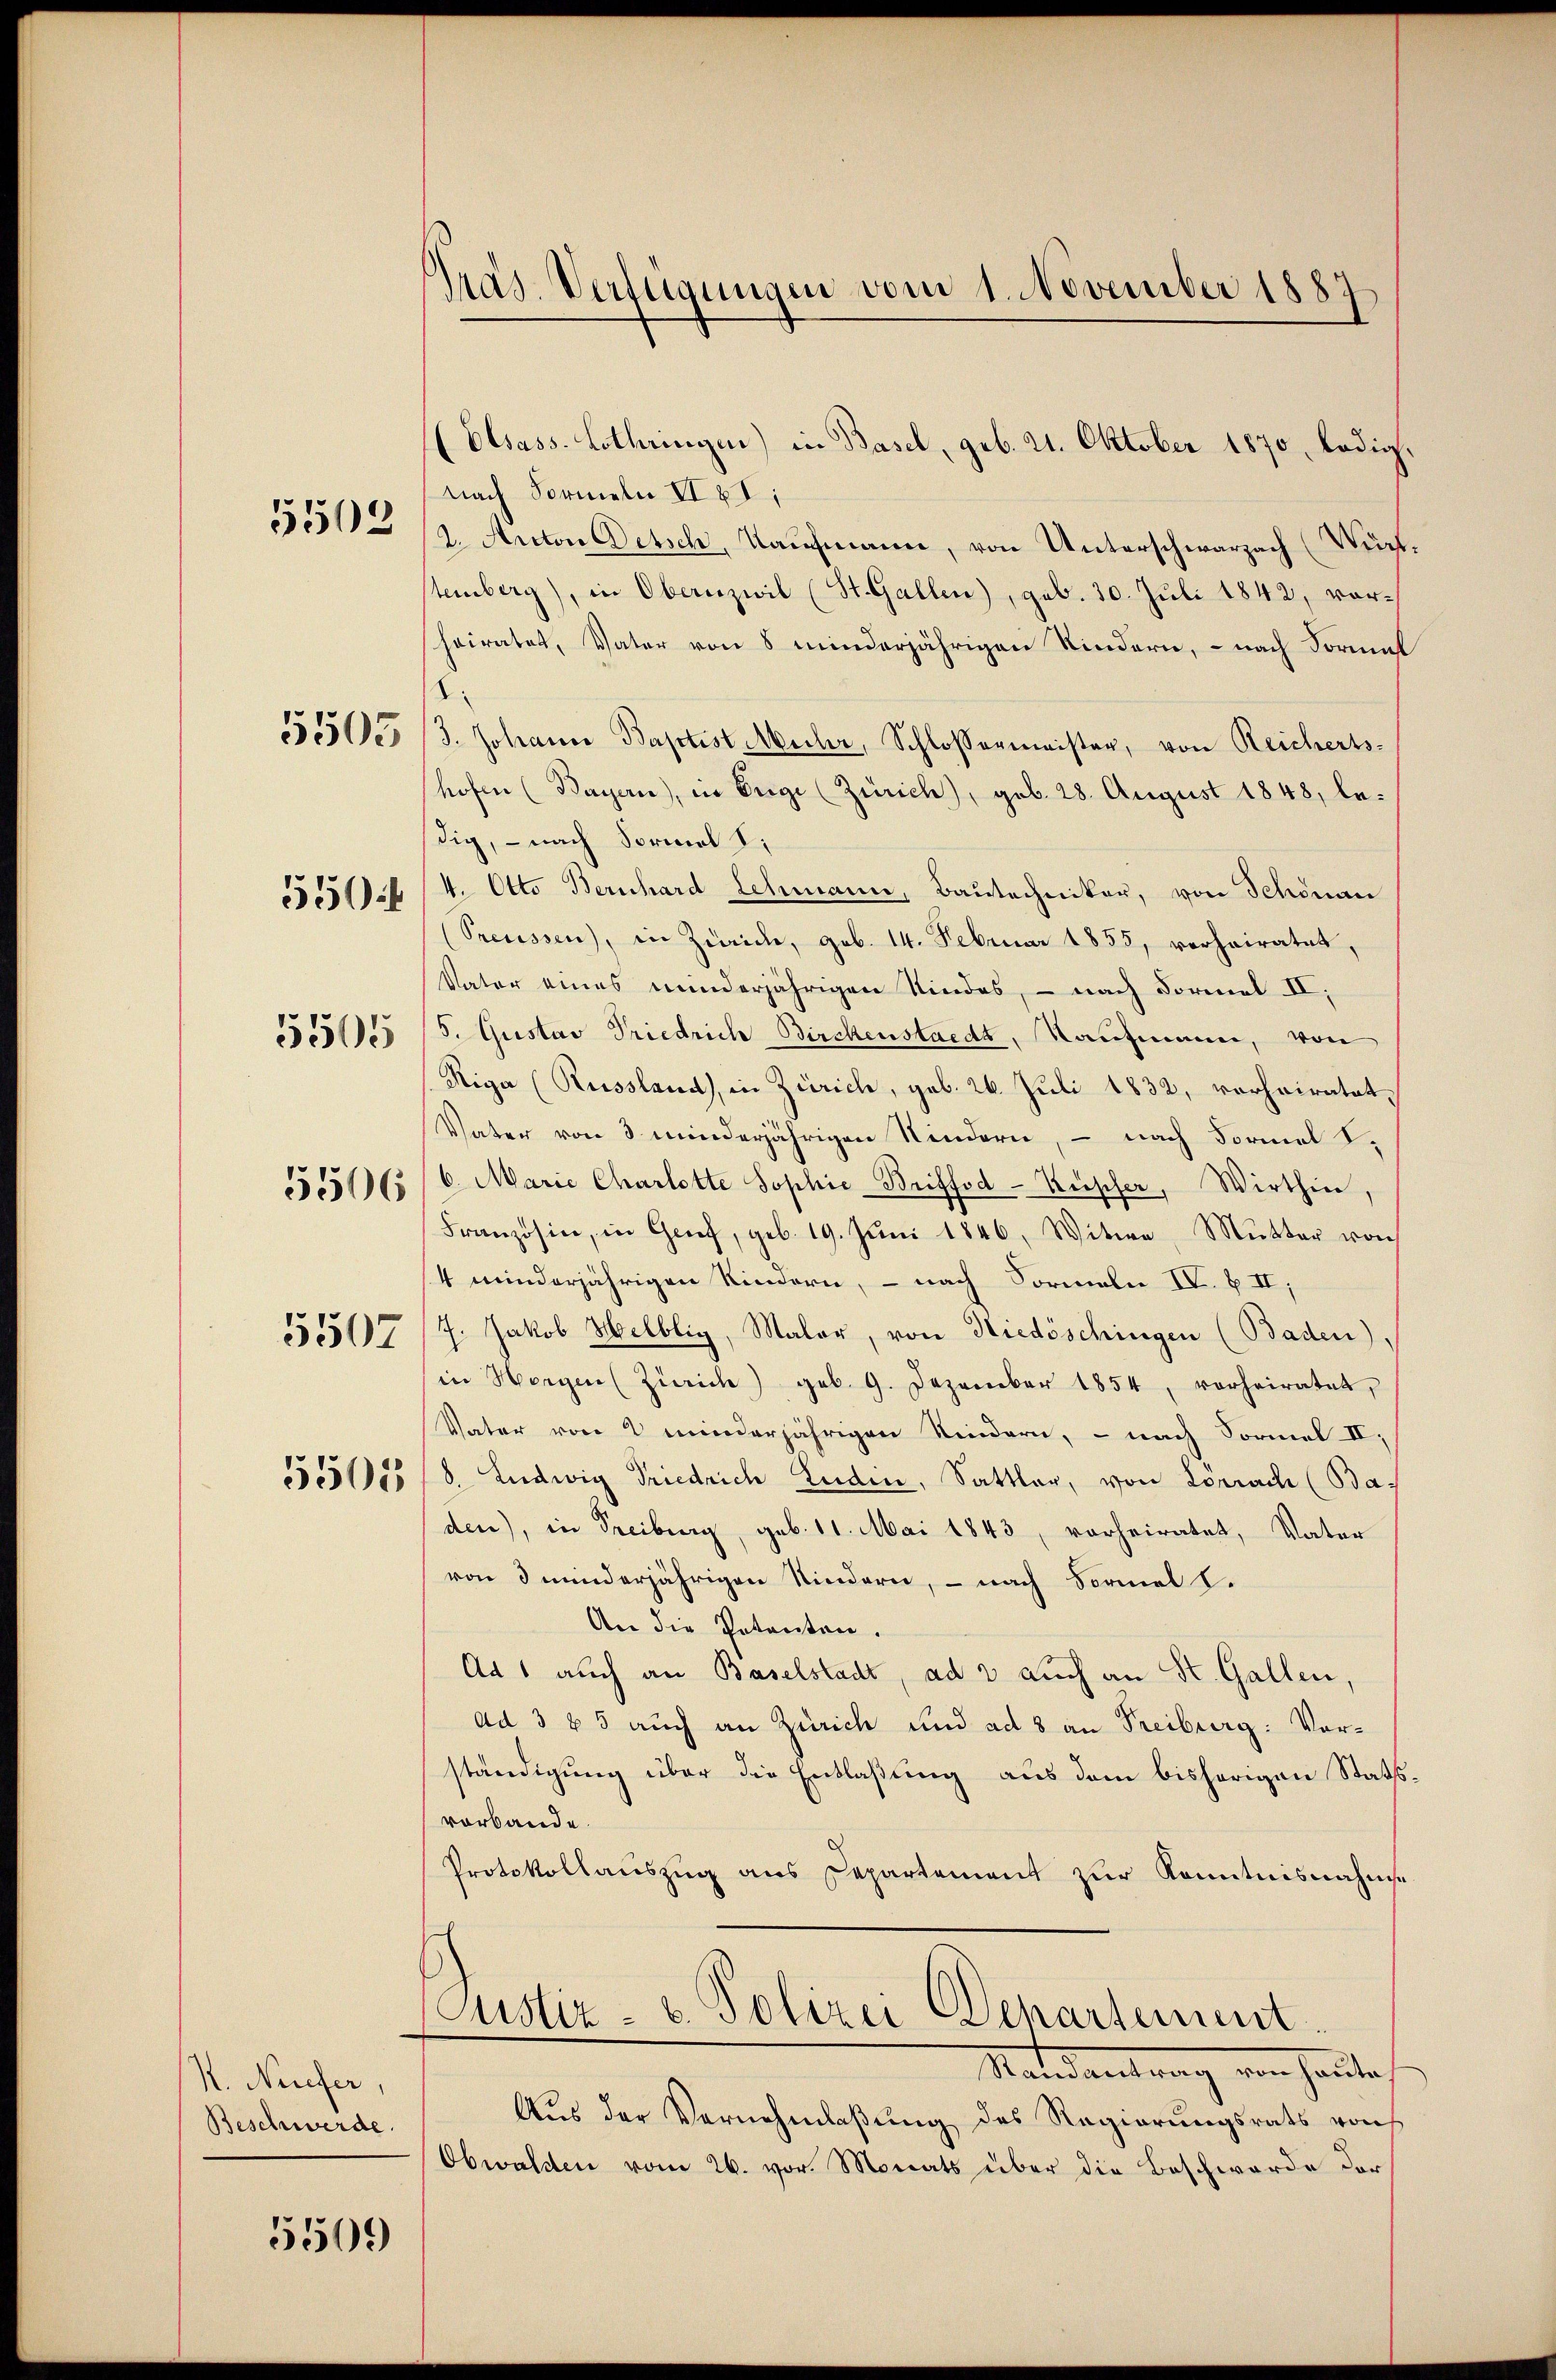
5503

5503

550:

5506

5507

5505

K. Niefer,
Beschwerde.

5509

1
pas. Verfügungen vom 1. November 1883

Elsass-Lothringen) in Basel, geb. 21. Oktober 1870, ledig.
nach Formeln II 8:
2. Anton Oetsch, Kaufmann, von Unterschwarzach (Würf
temberg), in Obernzwil (St. Gallen), geb. 30. Juli 1842, vorheiratet, Vater von 8 minderjährigen Kindern, – nach Formes
d
J. Johann Baptist Micher, Schlossermeister, von Reichertshofen (Bayern), in Enge (Zürich), geb. 28. August 1848, ledig, – nach Formal S.
4. Otto Bernhard Schmann, Bautechniker, von Schönau
(Preussen, in Zwicke, geb. 14. Februar 1855, verheiratet,
Vater eines minderjährigen Kindes, – nach Formel II.
5. Gustav Friedrich Birchenstaedt, Kaufmann, von
Riga (Russland, in Zürich, geb. 26. Juli 1832, verheiratet,
Vater von 3 minderjährigen Kindern, – nach Formel S.
6. Marie Charlotte Sophie Briffod-Kupfer, Wirthin,
Französin, in Grief, geb. 19. Jŭni 1846, Witwe, Mutter von
4 minderjährigen Kindern, – nach Formeln IV. B. II,
7. Jakob Helbliy, Maler, von Niedöschingen (Baden),
in Horgen (Zürich) geb. 9. Dezember 1854, vorheiratet,
Vater von 2 minderjährigen Kindern, – nach Formel II.
355055 (8. Ludwig Friedrich Ludin, Sattler, von Lörrache (Bas
den), in Freiburg, geb. 11. Mai 1843, vorheiratet, Vater
von 3 minderjährigen Kindern, – nach Formel l.
An die Petenten.
Ad 1 auch an Baselstadt, ad 3 auch an St. Gallen,
ad 3 t 5 auch an Zürich und ad 8 an Freiburg: Vorständigung über die Entlaßung aus dem bisherigen Statt
vorbande.
Protokollauszug aus Departement zur Kenntnisnahme
Justiz- u. Polizei Departement.
Randantrag von heute
Aus der Vernehmlaßung des Regierungsrats von
Obwalden vom 26. vor. Monats über die Beschwerde der